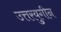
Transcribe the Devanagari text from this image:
उत्तरयुगीन